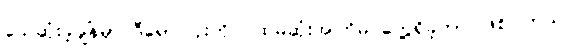
သေဆုံးခဲ့ချိန်မှာ ဒီရောဂါပိုးကို ပထမဆုံးအကြိမ် တွေ့ရှိခဲ့တာ ဖြစ်ပါတယ်။